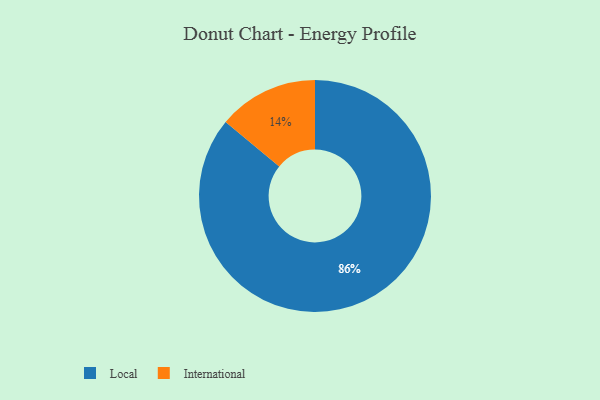
{"axis": {"x": "Category", "y": "Percentage"}, "legend": ["International", "Local"], "data": [{"x": "Local", "y": 86, "type": "Local"}, {"x": "International", "y": 14, "type": "International"}]}